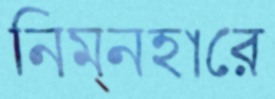
নিম্নহারে